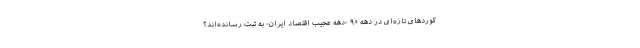
کوردهای تازه‌ای در دهه ۹۰ -دهه عجیب اقتصاد ایران- به ثبت رسانده‌اند؟